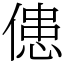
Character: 𠌼